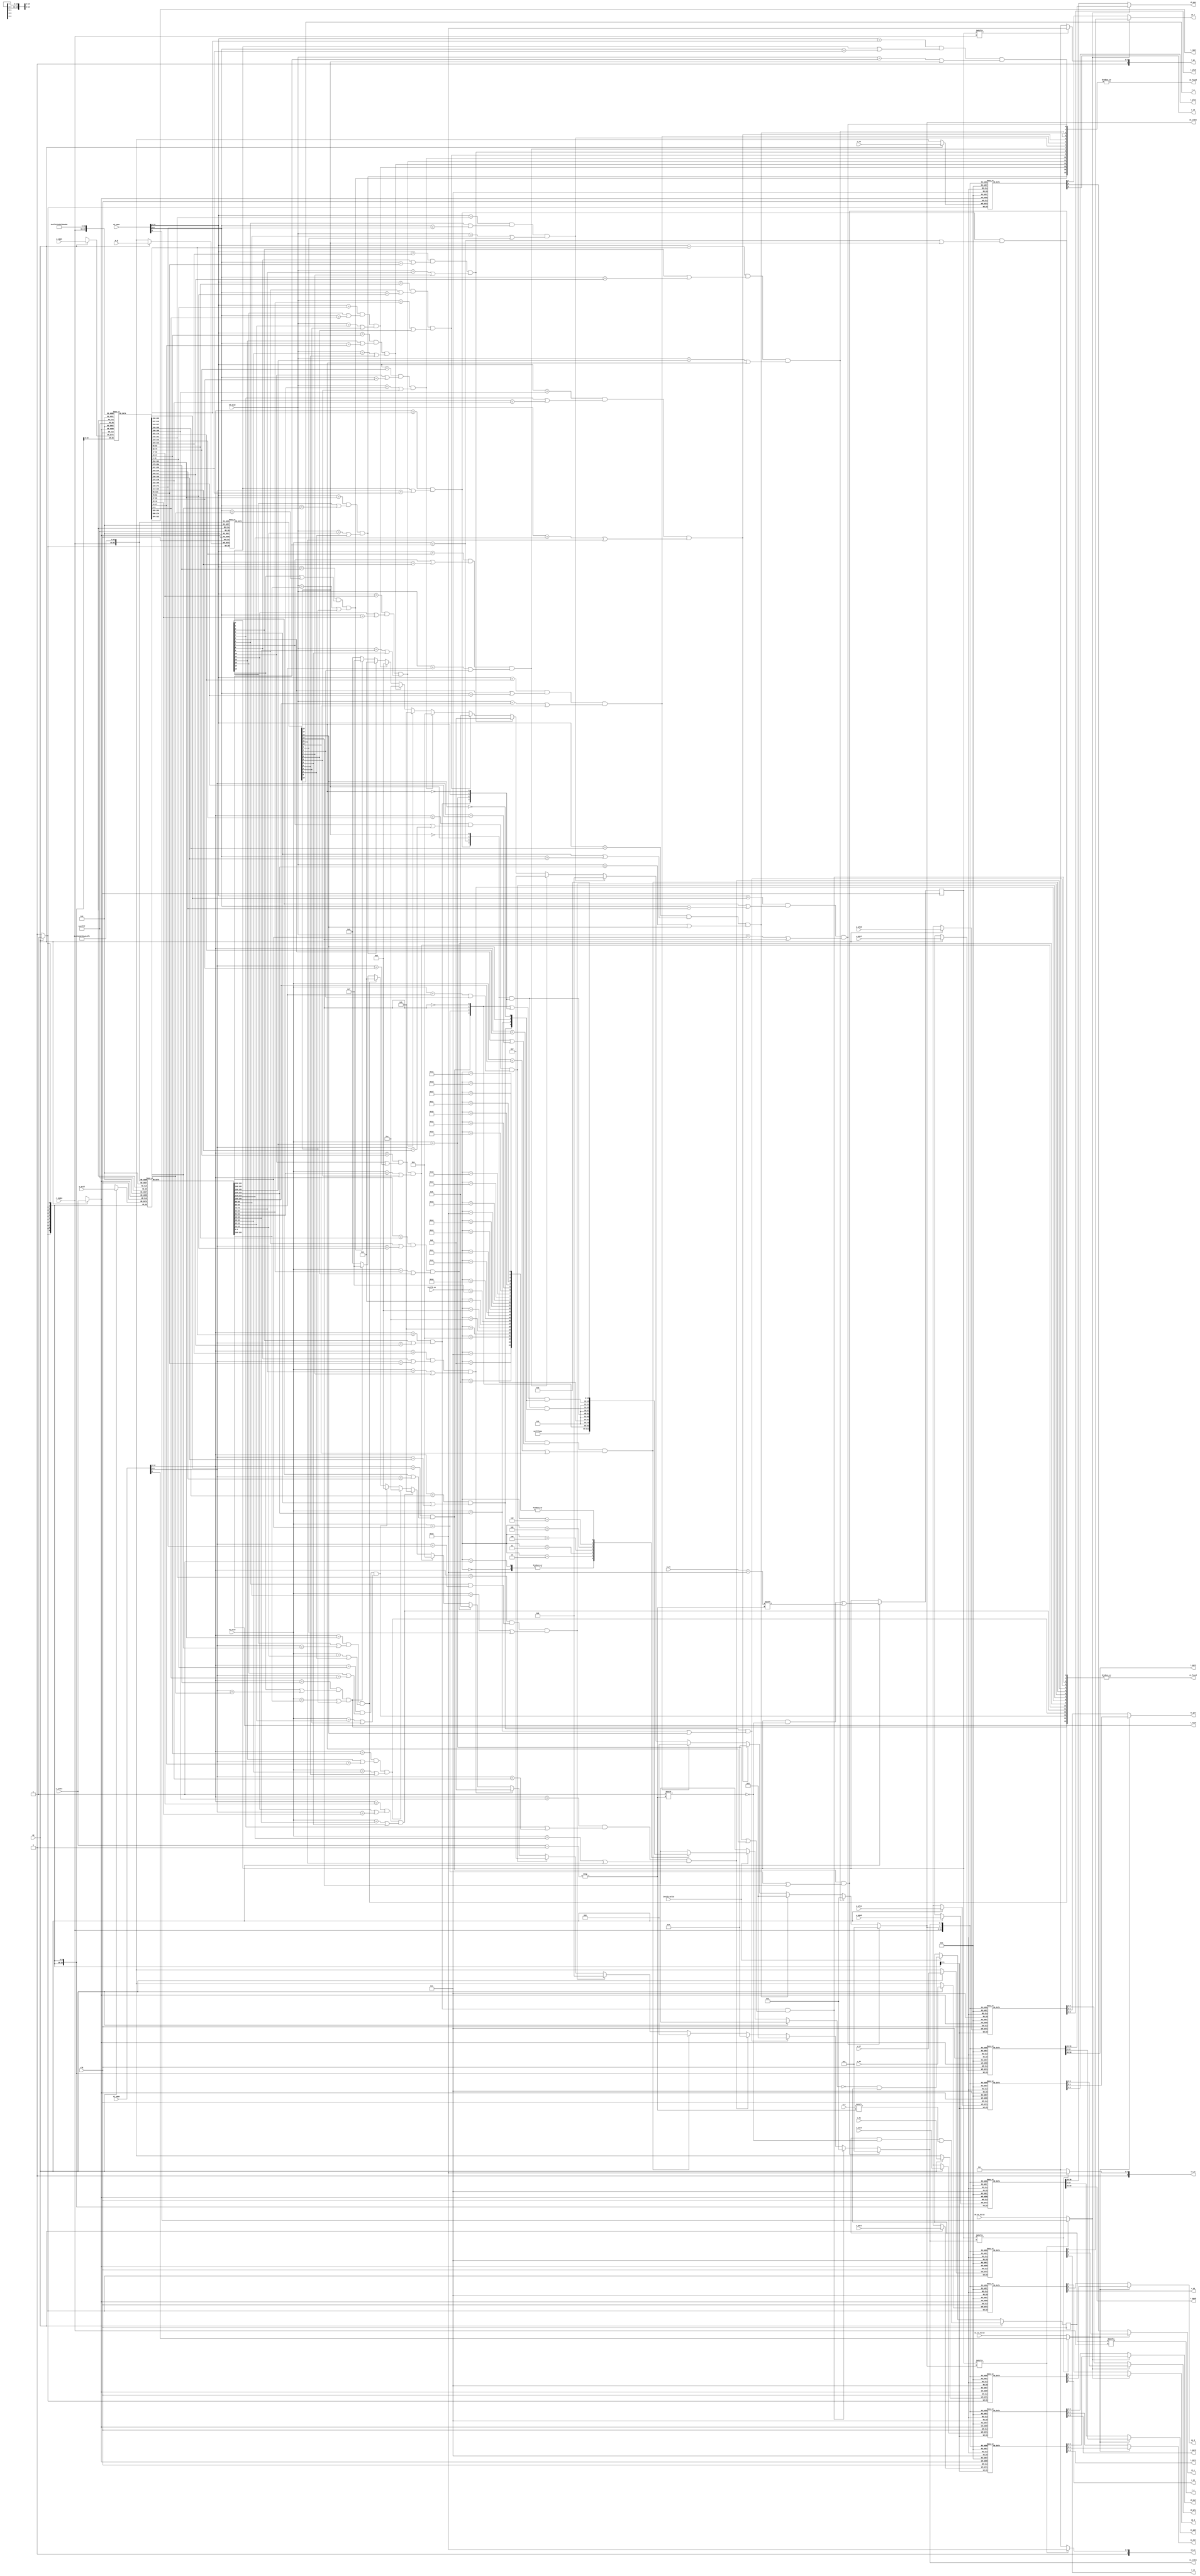
module tlb
#(
    parameter TLBNUM = 16
)
(
    input wire clk,

    // search port 0 (for fetch)
    input  [              18:0] s0_vppn,
    input                       s0_va_bit12,
    input  [               9:0] s0_asid,
    output                      s0_found,
    output [$clog2(TLBNUM)-1:0] s0_index,
    output [              19:0] s0_ppn,
    output [               5:0] s0_ps,
    output [               1:0] s0_plv,
    output [               1:0] s0_mat,
    output                      s0_d,
    output                      s0_v,

    // search port 1 (for load/store)
    input  [              18:0] s1_vppn,
    input                       s1_va_bit12,
    input  [               9:0] s1_asid,
    output                      s1_found,
    output [$clog2(TLBNUM)-1:0] s1_index,
    output [              19:0] s1_ppn,
    output [               5:0] s1_ps,
    output [               1:0] s1_plv,
    output [               1:0] s1_mat,
    output                      s1_d,
    output                      s1_v,

    // invtlb opcode
    input                       invtlb_valid,
    input  [               4:0] invtlb_op,

    // write port
    input                       we,
    input  [$clog2(TLBNUM)-1:0] w_index,
    input                       w_e,
    input  [              18:0] w_vppn,
    input  [               5:0] w_ps,
    input  [               9:0] w_asid,
    input                       w_g,

    input  [              19:0] w_ppn0,
    input  [               1:0] w_plv0,
    input  [               1:0] w_mat0,
    input                       w_d0,
    input                       w_v0,

    input  [              19:0] w_ppn1,
    input  [               1:0] w_plv1,
    input  [               1:0] w_mat1,
    input                       w_d1,
    input                       w_v1,

    // read port
    input  [$clog2(TLBNUM)-1:0] r_index,
    output                      r_e,
    output [              18:0] r_vppn,
    output [               5:0] r_ps,
    output [               9:0] r_asid,
    output                      r_g,

    output [              19:0] r_ppn0,
    output [               1:0] r_plv0,
    output [               1:0] r_mat0,
    output                      r_d0,
    output                      r_v0,
    output [              19:0] r_ppn1,
    output [               1:0] r_plv1,
    output [               1:0] r_mat1,
    output                      r_d1,
    output                      r_v1
);

reg [TLBNUM-1:0] tlb_e;
reg [TLBNUM-1:0] tlb_ps4MB;   //pagesize 1:4MB, 0:4KB

reg [18:0] tlb_vppn [TLBNUM-1:0];  // 19 bits = 32 - 12(4KB) - 1(odd/even)
reg [ 9:0] tlb_asid [TLBNUM-1:0];
reg        tlb_g    [TLBNUM-1:0];

reg [19:0] tlb_ppn0 [TLBNUM-1:0];
reg [ 1:0] tlb_plv0 [TLBNUM-1:0];
reg [ 1:0] tlb_mat0 [TLBNUM-1:0];
reg        tlb_d0   [TLBNUM-1:0];
reg        tlb_v0   [TLBNUM-1:0];

reg [19:0] tlb_ppn1 [TLBNUM-1:0];
reg [ 1:0] tlb_plv1 [TLBNUM-1:0];
reg [ 1:0] tlb_mat1 [TLBNUM-1:0];
reg        tlb_d1   [TLBNUM-1:0];
reg        tlb_v1   [TLBNUM-1:0];

// read port
assign r_e    = tlb_e    [r_index];
assign r_vppn = tlb_vppn [r_index];
assign r_ps   = tlb_ps4MB[r_index] ? 6'd21 : 6'd12;
assign r_asid = tlb_asid [r_index];
assign r_g    = tlb_g    [r_index];
// even
assign r_ppn0 = tlb_ppn0 [r_index];
assign r_plv0 = tlb_plv0 [r_index];
assign r_mat0 = tlb_mat0 [r_index];
assign r_d0   = tlb_d0   [r_index];
assign r_v0   = tlb_v0   [r_index];
//odd
assign r_ppn1 = tlb_ppn1 [r_index];
assign r_plv1 = tlb_plv1 [r_index];
assign r_mat1 = tlb_mat1 [r_index];
assign r_d1   = tlb_d1   [r_index];
assign r_v1   = tlb_v1   [r_index];

// write
always @(posedge clk) begin
    if(we) begin
        tlb_e    [w_index] <= w_e;
        tlb_ps4MB[w_index] <= w_ps == 6'd21;
        tlb_vppn [w_index] <= w_vppn;
        tlb_asid [w_index] <= w_asid;
        tlb_g    [w_index] <= w_g;

        tlb_ppn0 [w_index] <= w_ppn0;
        tlb_plv0 [w_index] <= w_plv0;
        tlb_mat0 [w_index] <= w_mat0;
        tlb_d0   [w_index] <= w_d0;
        tlb_v0   [w_index] <= w_v0;

        tlb_ppn1 [w_index] <= w_ppn1;
        tlb_plv1 [w_index] <= w_plv1;
        tlb_mat1 [w_index] <= w_mat1;
        tlb_d1   [w_index] <= w_d1;
        tlb_v1   [w_index] <= w_v1;
    end
    else if(invtlb_valid)//invtlb
        tlb_e <= ~invtlb_mask[invtlb_op] & tlb_e;
end

wire [TLBNUM - 1: 0] match0;
wire [TLBNUM - 1: 0] match1;
genvar i;
generate for(i = 0; i < TLBNUM; i = i + 1) begin
        assign match0[i] = (s0_vppn[18:9] == tlb_vppn[i][18:9])
                        && (tlb_ps4MB[i] || s0_vppn[8:0] == tlb_vppn[i][8:0])
                        && ((s0_asid == tlb_asid[i]) || tlb_g[i]);
        
        assign match1[i] = (s1_vppn[18:9] == tlb_vppn[i][18:9])
                        && (tlb_ps4MB[i] || s1_vppn[8:0] == tlb_vppn[i][8:0])
                        && ((s1_asid == tlb_asid[i]) || tlb_g[i]);
end
endgenerate

wire s0_odd;
wire s1_odd;

// fetch inst
assign s0_found = |match0;

assign s0_index =   match0[ 1] ? 4'd1  :
                    match0[ 2] ? 4'd2  :
                    match0[ 3] ? 4'd3  :
                    match0[ 4] ? 4'd4  :
                    match0[ 5] ? 4'd5  :
                    match0[ 6] ? 4'd6  :
                    match0[ 7] ? 4'd7  :
                    match0[ 8] ? 4'd8  :
                    match0[ 9] ? 4'd9  :
                    match0[10] ? 4'd10 :
                    match0[11] ? 4'd11 :
                    match0[12] ? 4'd12 :
                    match0[13] ? 4'd13 :
                    match0[14] ? 4'd14 :
                    match0[15] ? 4'd15 :
                    4'd0; // Default, 没有找到时需要把found置为0

assign s0_odd = tlb_ps4MB[s0_index] ? s0_vppn[8] : s0_va_bit12; //whether the odd page hit
assign s0_ps = tlb_ps4MB[s0_index] ? 6'd21 : 6'd12;
assign s0_ppn = s0_odd ? tlb_ppn1[s0_index] : tlb_ppn0[s0_index];
assign s0_plv = s0_odd ? tlb_plv1[s0_index] : tlb_plv0[s0_index];
assign s0_mat = s0_odd ? tlb_mat1[s0_index] : tlb_mat0[s0_index];
assign s0_d   = s0_odd ? tlb_d1  [s0_index] : tlb_d0  [s0_index];
assign s0_v   = s0_odd ? tlb_v1  [s0_index] : tlb_v0  [s0_index];

//load / store
assign s1_found = |match1;

assign s1_index =   match1[ 1] ? 4'd1  :
                    match1[ 2] ? 4'd2  :
                    match1[ 3] ? 4'd3  :
                    match1[ 4] ? 4'd4  :
                    match1[ 5] ? 4'd5  :
                    match1[ 6] ? 4'd6  :
                    match1[ 7] ? 4'd7  :
                    match1[ 8] ? 4'd8  :
                    match1[ 9] ? 4'd9  :
                    match1[10] ? 4'd10 :
                    match1[11] ? 4'd11 :
                    match1[12] ? 4'd12 :
                    match1[13] ? 4'd13 :
                    match1[14] ? 4'd14 :
                    match1[15] ? 4'd15 :
                    4'd0; // Default, 没有找到时需要把found置为0

assign s1_odd = tlb_ps4MB[s1_index] ? s1_vppn[8] : s1_va_bit12;
assign s1_ps = tlb_ps4MB[s1_index] ? 6'd21: 6'd12;
assign s1_ppn = s1_odd ? tlb_ppn1[s1_index] : tlb_ppn0[s1_index];
assign s1_plv = s1_odd ? tlb_plv1[s1_index] : tlb_plv0[s1_index];
assign s1_mat = s1_odd ? tlb_mat1[s1_index] : tlb_mat0[s1_index];
assign s1_d   = s1_odd ? tlb_d1  [s1_index] : tlb_d0  [s1_index];
assign s1_v   = s1_odd ? tlb_v1  [s1_index] : tlb_v0  [s1_index];

// invtlb
wire [3:0] cond [TLBNUM - 1:0];
wire [TLBNUM - 1:0] invtlb_mask [31:0];
generate for(i = 0; i < TLBNUM; i = i + 1) begin
        assign cond[i][0] = ~tlb_g[i];
        assign cond[i][1] = tlb_g[i];
        assign cond[i][2] = s1_asid == tlb_asid[i];
        assign cond[i][3] = (s1_vppn[18:9] == tlb_vppn[i][18:9]) && (tlb_ps4MB[i] || s1_vppn[8:0] == tlb_vppn[i][8:0]);

end    
endgenerate

assign invtlb_mask[0] = 16'hffff;
assign invtlb_mask[1] = 16'hffff;
assign invtlb_mask[2] = cond[1];
assign invtlb_mask[3] = cond[0];
assign invtlb_mask[4] = cond[0] & cond[2];
assign invtlb_mask[5] = cond[0] & cond[2] & cond[3];
assign invtlb_mask[6] = (cond[1] | cond[2]) & cond[3];

generate for (i = 7; i < 32; i = i + 1) begin
    assign invtlb_mask[i] = 16'b0; 
end
endgenerate


endmodule